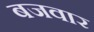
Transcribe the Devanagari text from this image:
बजवार